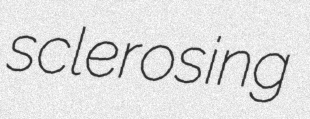
sclerosing